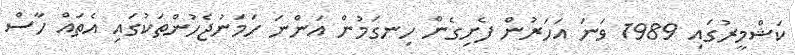
ކަޝްމީރުގައި 1989 ވަނަ އަހަރުން ފެށިގެން ހިނގަމުން އަންނަ ހަމަނުޖެހުންތަކުގައި އެތައް ހާސް